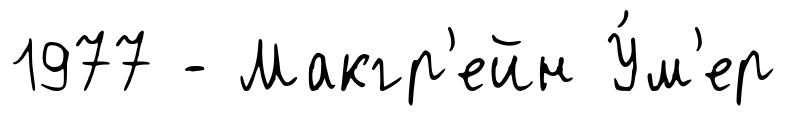
1977 - Макгр'ейн У́м'ер